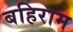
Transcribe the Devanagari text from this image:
बहिराम